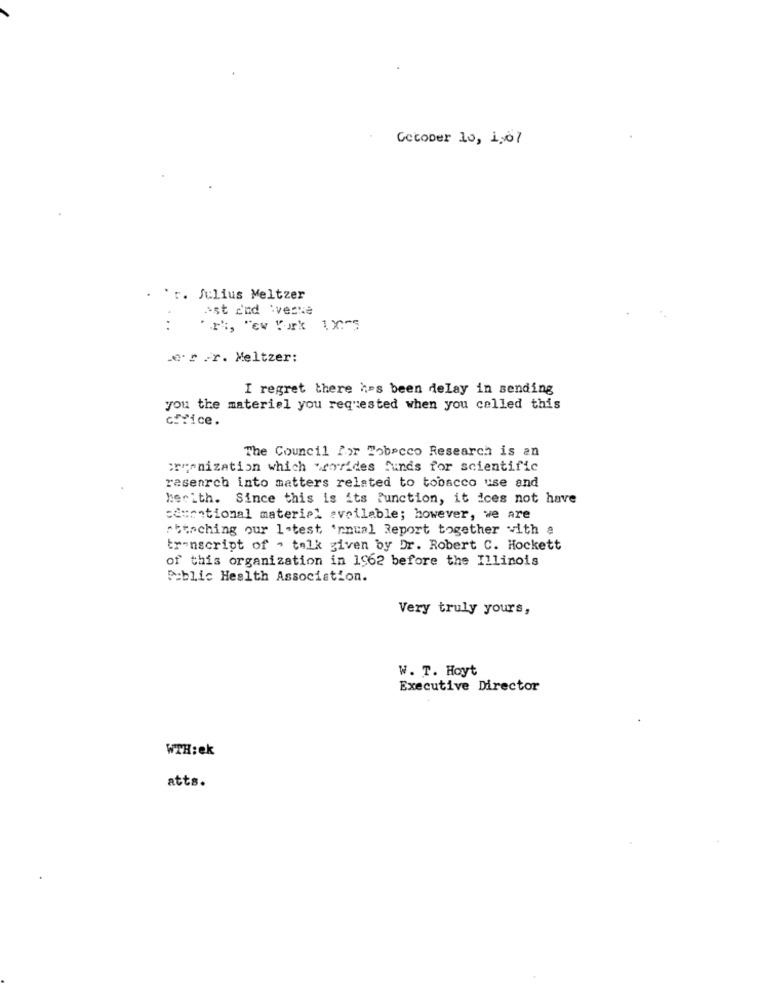
CecoDer 10, 1:07
'r. Julius Meltzer
est and Avecce
:
"r", "ew York 13-5
.... r .r. Meltzer:
I regret there has been delay in sending
you the material you requested when you celled this
ctrice.
The Council Por Tobacco Research is an
cryonization which weorrides finds for scientific
research into matters related to tobacco use and
herith. Since this is its function, it ices not have
:&ventional material available; however, we are
attaching our latest Annual Report together with a
transcript of ' talk given by Dr. Robert C. Hockett
of this organization in 1962 before the Illinois
Public Health Association.
Very truly yours,
W. T. Hoyt
Executive Director
WTH:ek
atts.